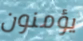
يؤمنون